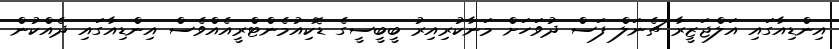
އިންޑިއާގައި އަލްޖަޒީރާ ޗެނަލް ފަސް ދުވަހަށް މަނާކުރިއިރު ބީބީސީގެ ޑޮކިއުމެންޓްރީއެއްވެސް އިންޑިއާގައި ދެއްކުން